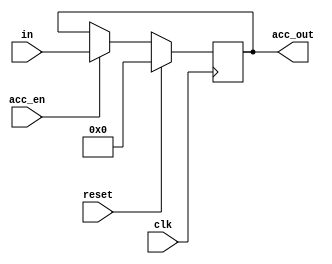
module accumulator(input clk,input [3:0] in, input acc_en, input reset, output reg [3:0] acc_out);

always @(posedge clk)
    begin
        if (reset) // reset the accumulator to 0
            acc_out <= 4'b0000;
        else if (acc_en) 
			begin
            		acc_out <= in; // add the input to the current accumulator value
			end
	end

endmodule